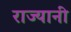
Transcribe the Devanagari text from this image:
राज्यानी